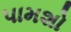
પામશો